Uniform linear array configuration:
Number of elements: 12
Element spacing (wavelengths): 0.25
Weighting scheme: uniform
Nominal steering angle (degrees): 15
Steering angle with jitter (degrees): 14.148
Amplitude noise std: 0.05
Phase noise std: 0.05

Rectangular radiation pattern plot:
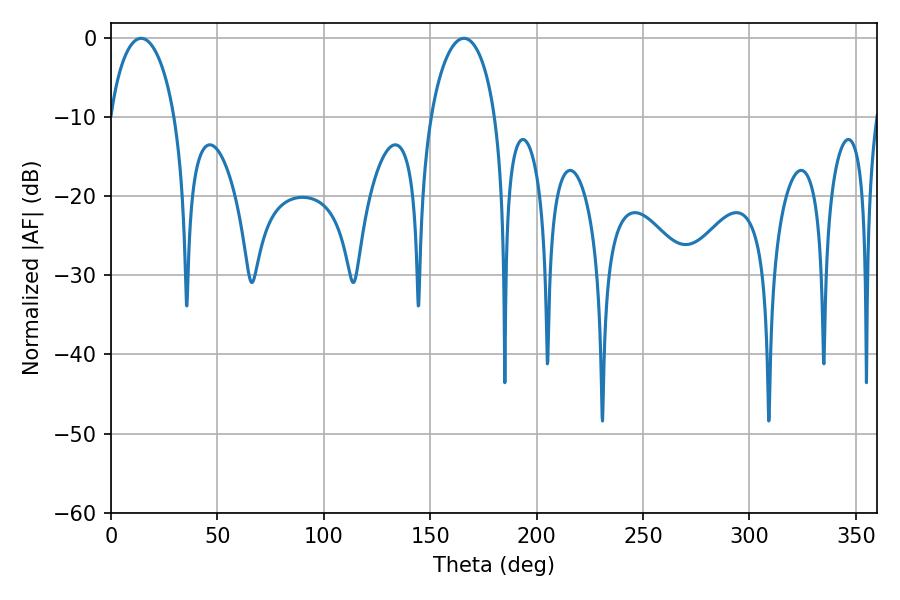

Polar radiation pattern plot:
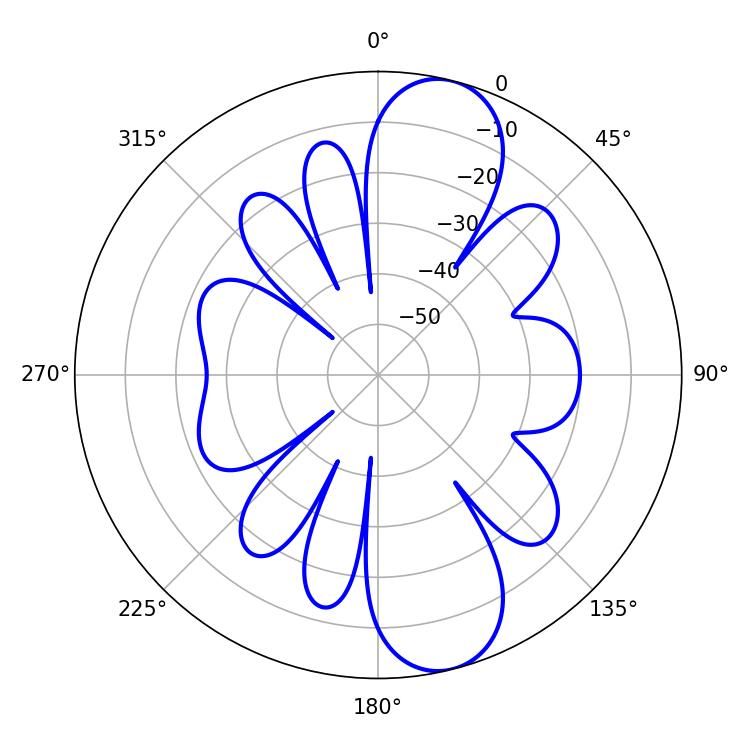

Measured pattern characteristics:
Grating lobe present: FALSE
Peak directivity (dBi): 10.875
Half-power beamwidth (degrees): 17.46
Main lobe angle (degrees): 14.22